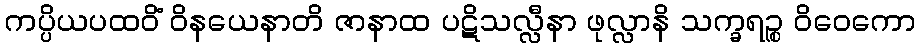
ကပ္ပိယပထဝိံ ဝိနယေနာတိ ဇာနာထ ပဋိသလ္လီနာ ဖုလ္လာနိ သက္ခရဉ္စ ဝိဝေကော